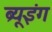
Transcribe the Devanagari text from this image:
ब्र्यूइंग